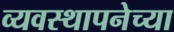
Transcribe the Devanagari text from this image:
व्यवस्थापनेच्या